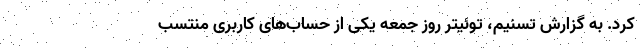
کرد. به گزارش تسنیم، توئیتر روز جمعه یکی از حساب‌های کاربری منتسب